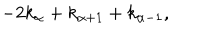
LaTeX: - 2 k _ { \alpha } + k _ { \alpha + 1 } + k _ { \alpha - 1 } ,